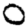
Digit: 0